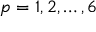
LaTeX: p = 1 , 2 , \ldots , 6